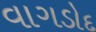
વાગડોદ